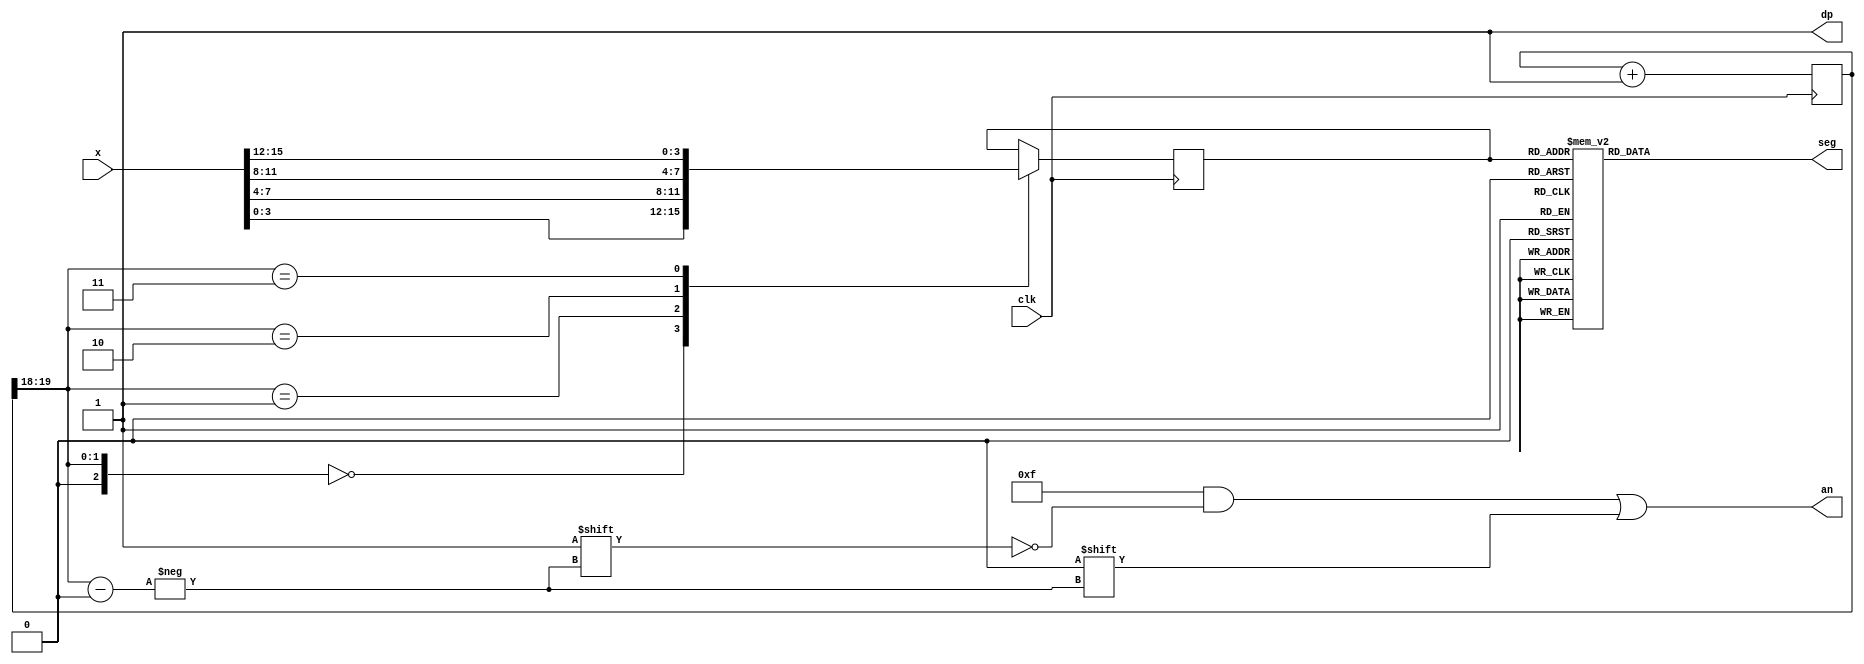
`timescale 1ns / 1ps
//////////////////////////////////////////////////////////////////////////////////
// Company: Digilent Inc.
// 
// Design Name: 
// Module Name:    seg7decimal 
// Project Name: Nexys4DDR Keyboard Demo
// Target Devices: Nexys4DDR
// Tool Versions: 
// Description: 7 segment display driver
// 
// Dependencies: 
//
// Revision: 
// Revision 0.01 - File Created
// Additional Comments: 
//
//////////////////////////////////////////////////////////////////////////////////
module seg7decimal(

	 input [15:0] x,
    input clk,
    output reg [6:0] seg,
    output reg [3:0] an,
    output reg dp 
	 );
	 
	 
wire [2:0] s;	 
reg [3:0] digit = 4'b0000;
reg [19:0] clkdiv = 20'b00000000000000000000;

initial begin
dp = 1;
seg = 7'b0000000;
an = 4'b1111;
end

assign s = clkdiv[19:18];

// quad 4to1 MUX.


always @(posedge clk)// or posedge clr)
	
	case(s)
	0:digit = x[3:0]; // s is 00 -->0 ;  digit gets assigned 4 bit value assigned to x[3:0]
	1:digit = x[7:4]; // s is 01 -->1 ;  digit gets assigned 4 bit value assigned to x[7:4]
	2:digit = x[11:8]; // s is 10 -->2 ;  digit gets assigned 4 bit value assigned to x[11:8
	3:digit = x[15:12]; // s is 11 -->3 ;  digit gets assigned 4 bit value assigned to x[15:12]	default:digit = x[3:0];
	
	endcase
	
	//decoder or truth-table for 7seg display values
	always @(*)

case(digit)


//////////<---MSB-LSB<---
//////////////gfedcba////////////////////////////////////////////           a
0:seg = 7'b1000000;////0000												   __					
1:seg = 7'b1111001;////0001												f/	  /b
2:seg = 7'b0100100;////0010												  g
//                                                                       __	
3:seg = 7'b0110000;////0011										 	 e /   /c
4:seg = 7'b0011001;////0100										       __
5:seg = 7'b0010010;////0101                                            d  
6:seg = 7'b0000010;////0110
7:seg = 7'b1111000;////0111
8:seg = 7'b0000000;////1000
9:seg = 7'b0010000;////1001
'hA:seg = 7'b0001000; 
'hB:seg = 7'b0000011; 
'hC:seg = 7'b1000110;
'hD:seg = 7'b0100001;
'hE:seg = 7'b0000110;
'hF:seg = 7'b0001110;

default: seg = 7'b0000000; // U

endcase


always @(*)begin
an=4'b1111;
an[s] = 0;
end


//clkdiv

always @(posedge clk) begin
clkdiv <= clkdiv+1;
end


endmodule